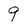
Character: 9